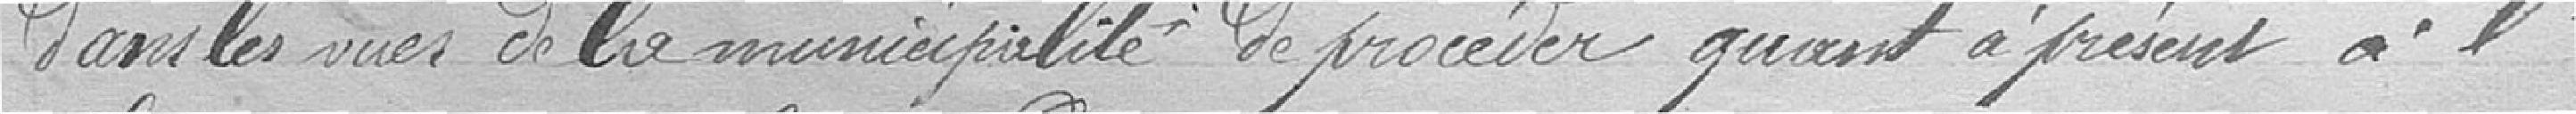
dans les vues de la municipalité de procéder quant à présente à l '